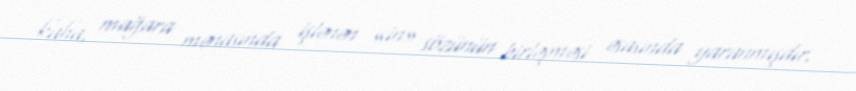
kaha, mağara mənasında işlənən «in» sözünün birləşməsi əsasında yaranmışdır.